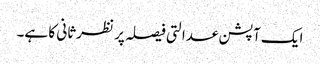
ایک آپشن عدالتی فیصلہ پر نظرثانی کا ہے۔